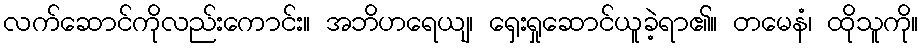
လက်ဆောင်ကိုလည်းကောင်း။ အဘိဟရေယျ၊ ရှေးရှုဆောင်ယူခဲ့ရာ၏။ တမေနံ၊ ထိုသူကို။